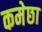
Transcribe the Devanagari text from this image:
कमेछा